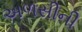
અળસીની